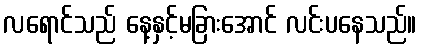
လရောင်သည် နေ့နှင့်မခြားအောင် လင်းပနေသည်။